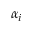
\alpha _ { i }